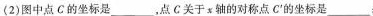
(2)图中点C的坐标是___，点C关于x轴的对称点C'的坐标是___；